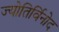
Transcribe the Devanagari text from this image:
ज्योतिर्विनोद